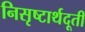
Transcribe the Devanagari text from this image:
निसृष्टार्थदूती